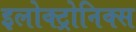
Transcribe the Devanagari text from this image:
इलोक्ट्रोनिक्स